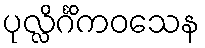
ပုလ္လိင်္ဂိကဝသေန